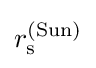
r_{\text{s}}^{({\text{Sun}})}